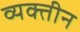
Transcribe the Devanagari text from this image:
व्यक्तीन